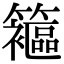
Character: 䉱